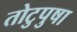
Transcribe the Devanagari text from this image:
तोटुपुषा